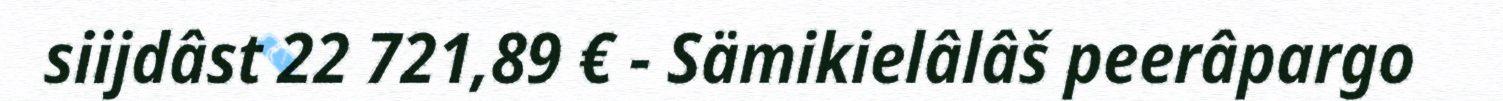
siijdâst 22 721,89 € - Sämikielâlâš peerâpargo